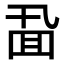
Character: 𪜖